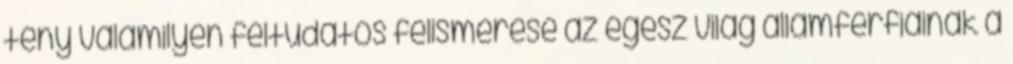
tény valamilyen féltudatos felismerése az egész világ államférfiainak a